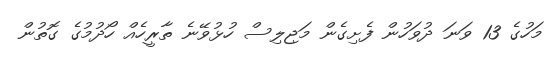
މަހުގެ 13 ވަނަ ދުވަހުން ފެށިގެން މަޖިލިސް ހުޅުވޭނެ ތާރީހެއް ހޯދުމުގެ ގޮތުން